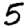
Digit: 5